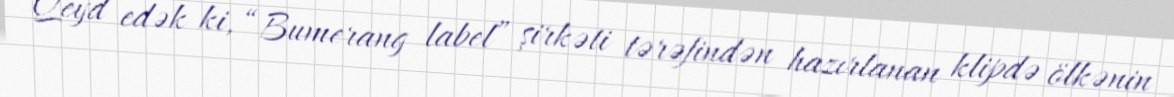
Qeyd edək ki, “Bumerang label” şirkəti tərəfindən hazırlanan klipdə ölkənin